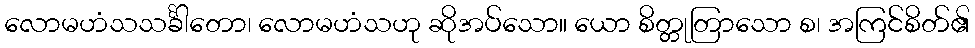
လောမဟံသသင်္ခါတော၊ လောမဟံသဟု ဆိုအပ်သော။ ယော စိတ္တုတြာသော စ၊ အကြင်စိတ်၏